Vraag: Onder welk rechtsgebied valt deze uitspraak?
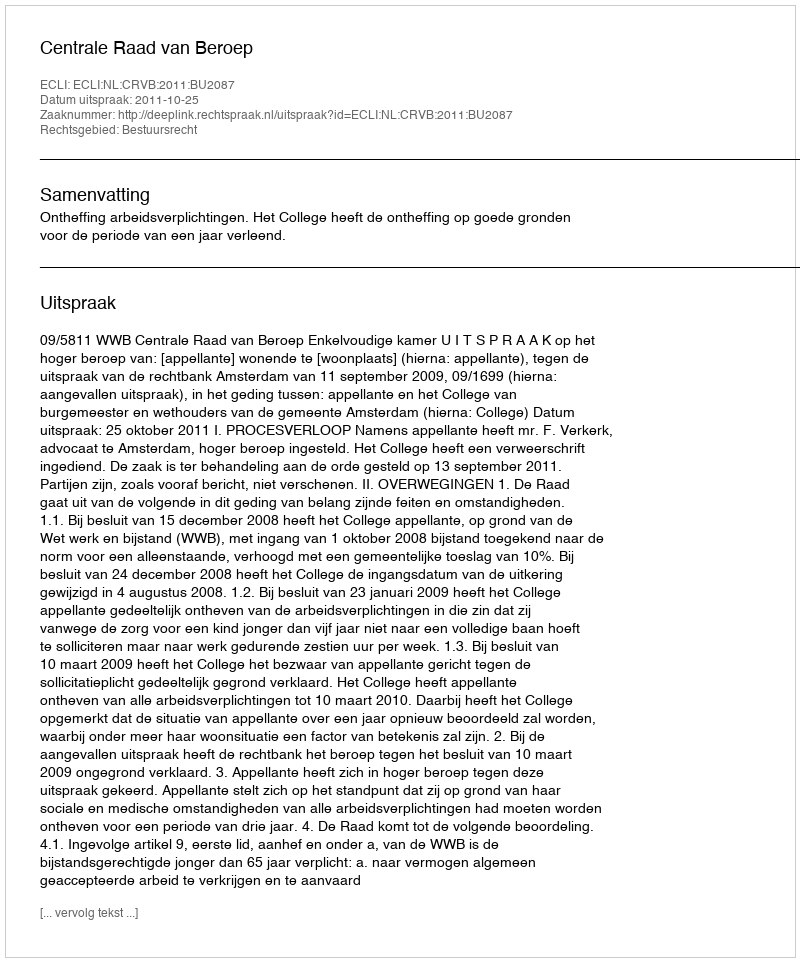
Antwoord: Bestuursrecht